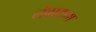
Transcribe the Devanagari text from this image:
नंबाकम